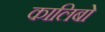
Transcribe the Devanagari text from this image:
कालिबो